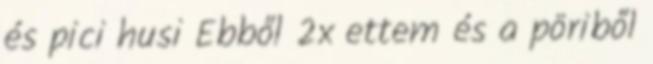
és pici husi Ebből 2x ettem és a pöriből